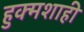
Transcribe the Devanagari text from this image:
हुक्मशाही